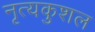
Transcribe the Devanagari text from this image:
नृत्यकुशल